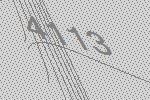
4113